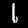
Label: 1